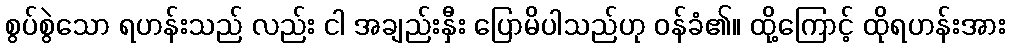
စွပ်စွဲသော ရဟန်းသည် လည်း ငါ အချည်းနှီး ပြောမိပါသည်ဟု ဝန်ခံ၏။ ထို့ကြောင့် ထိုရဟန်းအား